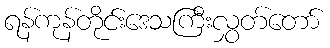
ရန်ကုန်တိုင်းဒေသကြီးလွှတ်တော်